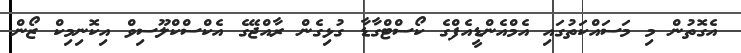
އެގޮތުން މި މަސައްކަތުގައި އެމްއެންޑީއެފްގެ ކޯސްޓްގާޑާ ގުޅިގެން ރާއްޖޭގެ އެކްސްކްލޫސިވް އިކޮނިމިކް ޒޯން